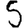
Digit: 5